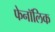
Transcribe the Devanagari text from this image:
फेनॉलिक